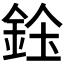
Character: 𨦓